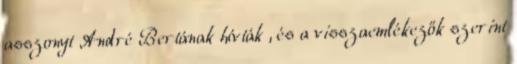
asszonyt André Bertának hívták , és a visszaemlékezők szerint